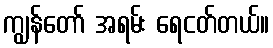
ကျွန်တော် အရမ်း ရေငတ်တယ်။